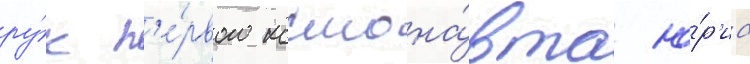
ру́к п'е́рвого космона́вта ю́р'иа